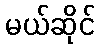
မယ်ဆိုင်